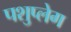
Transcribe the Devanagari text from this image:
पशुप्लेग